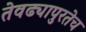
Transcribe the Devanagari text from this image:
तेवढ्यापुरतेच